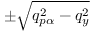
\pm \sqrt { q _ { p \alpha } ^ { 2 } - q _ { y } ^ { 2 } }